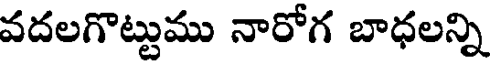
వదలగొట్టుము నారోగ బాధలన్ని